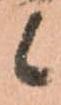
候